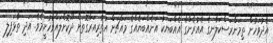
އެދުވަހުން ތިމަންރަސްކަލާނގެ އެއުރެންގެ އެއްބަޔަކު އަނެއްބަޔެއްގެ މައްޗަށް އުތުރިއަރާގޮތަށް ދޫކޮށްލައްވާހުށީމެވެ. އަދި ތާޅަފިލި